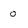
Character: o